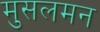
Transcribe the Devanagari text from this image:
मुसलमन